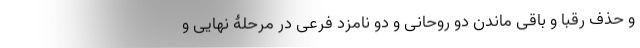
و حذف رقبا و باقی ماندن دو روحانی و دو نامزد فرعی در مرحلۀ نهایی و